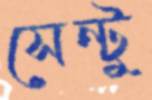
সেন্টু